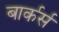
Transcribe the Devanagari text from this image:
बार्कर्स